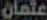
عثمان